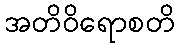
အတိဝိရောစတိ